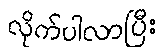
လိုက်ပါလာပြီး